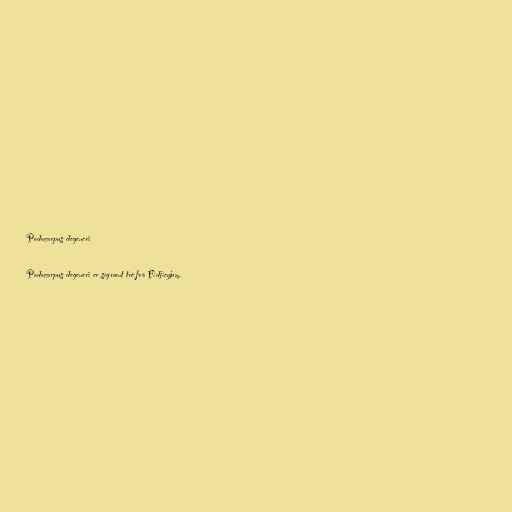
Podocarpus degeneri

Podocarpus degeneri er sígrænt tré frá Fídjíeyjum.